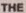
THE